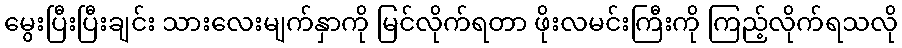
မွေးပြီးပြီးချင်း သားလေးမျက်နှာကို မြင်လိုက်ရတာ ဖိုးလမင်းကြီးကို ကြည့်လိုက်ရသလို